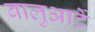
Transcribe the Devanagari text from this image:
बालुआर्टे